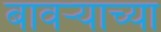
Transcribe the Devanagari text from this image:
बावऱ्याच्या